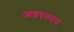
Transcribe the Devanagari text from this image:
आइएलएस